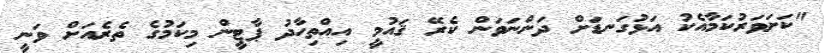
"ކަށަވަރުކަމާއެކު އަޅުގަނޑަށް ދަންނަވަން ކެރޭ ޤައުމީ އިއްތިހާދު ޕާޓީން މިކަމުގެ ތެރެއަށް ވަނީ